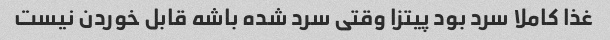
غذا کاملا سرد بود پیتزا وقتی سرد شده باشه قابل خوردن نیست